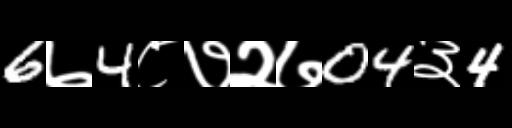
Text: 6७4८७२७04३4